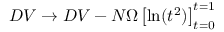
D V \rightarrow D V - N \Omega \left[ \mathrm { l n } ( t ^ { 2 } ) \right] _ { t = 0 } ^ { t = 1 }